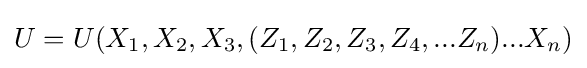
U=U(X_{1},X_{2},X_{3},(Z_{1},Z_{2},Z_{3},Z_{4},...Z_{n})...X_{n})